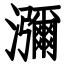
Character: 瀰